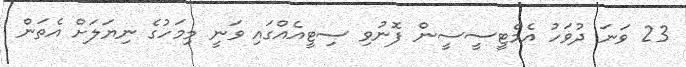
23 ވަނަ ދުވަހު އެމްޓީސީސީން ފޮނުވި ސިޓީއެއްގައި ވަނީ މިމަހުގެ ނިޔަލަށް އެތަން